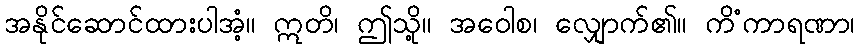
အနိုင်ဆောင်ထားပါအံ့။ ဣတိ၊ ဤသို့။ အဝေါစ၊ လျှောက်၏။ ကိံကာရဏာ၊